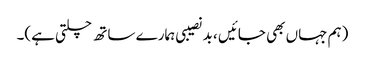
(ہم جہاں بھی جائیں ، بد نصیبی ہمارے ساتھ چلتی ہے)۔